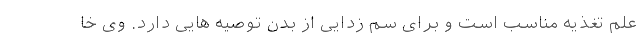
علم تغذیه مناسب است و برای سم زدایی از بدن توصیه هایی دارد. وی خا